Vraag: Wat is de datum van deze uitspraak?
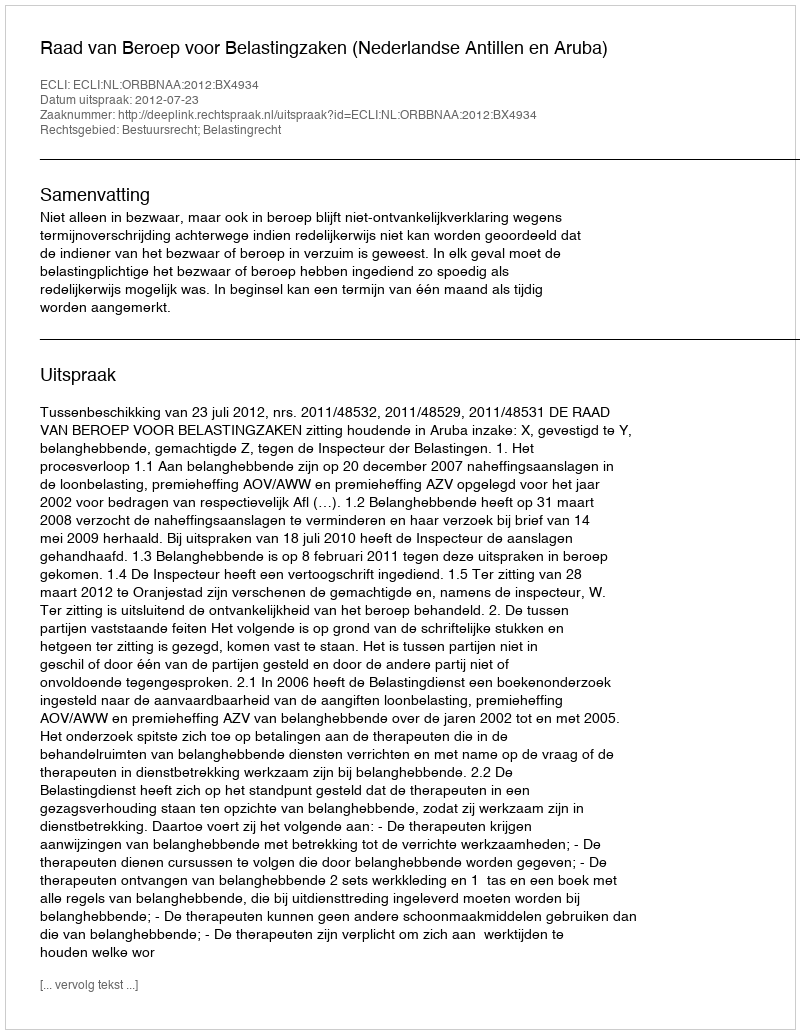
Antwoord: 2012-07-23